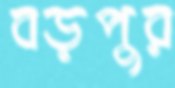
বড়পুর